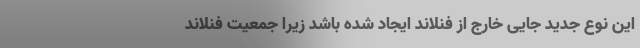
این نوع جدید جایی خارج از فنلاند ایجاد شده باشد زیرا جمعیت فنلاند